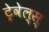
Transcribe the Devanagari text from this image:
ट्रेवेल्स्